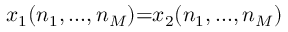
x _ { 1 } ( n _ { 1 } , . . . , n _ { M } ) { = } x _ { 2 } ( n _ { 1 } , . . . , n _ { M } )